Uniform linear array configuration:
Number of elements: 32
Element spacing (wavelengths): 1
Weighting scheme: cosine
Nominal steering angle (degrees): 30
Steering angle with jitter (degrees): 31.279
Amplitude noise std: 0.05
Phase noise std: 0.05

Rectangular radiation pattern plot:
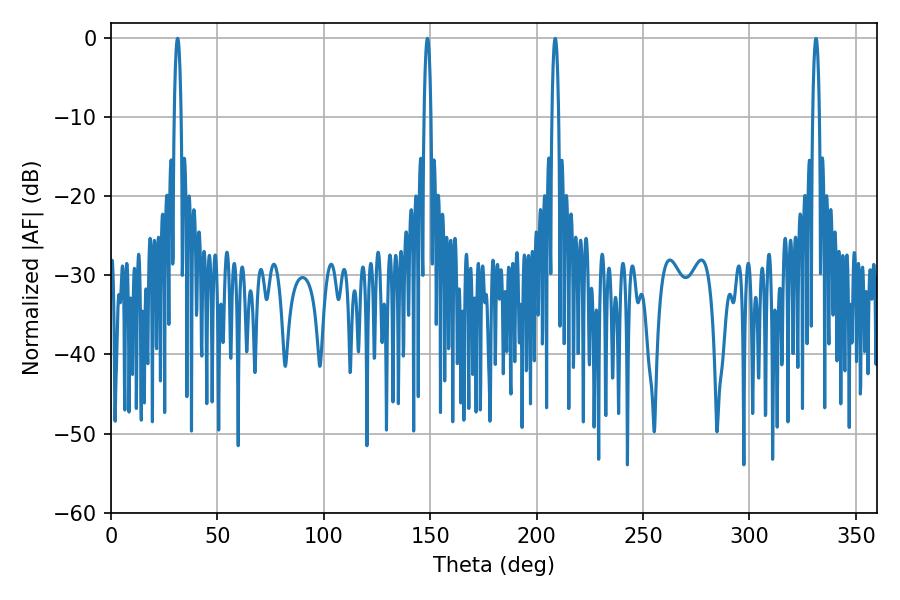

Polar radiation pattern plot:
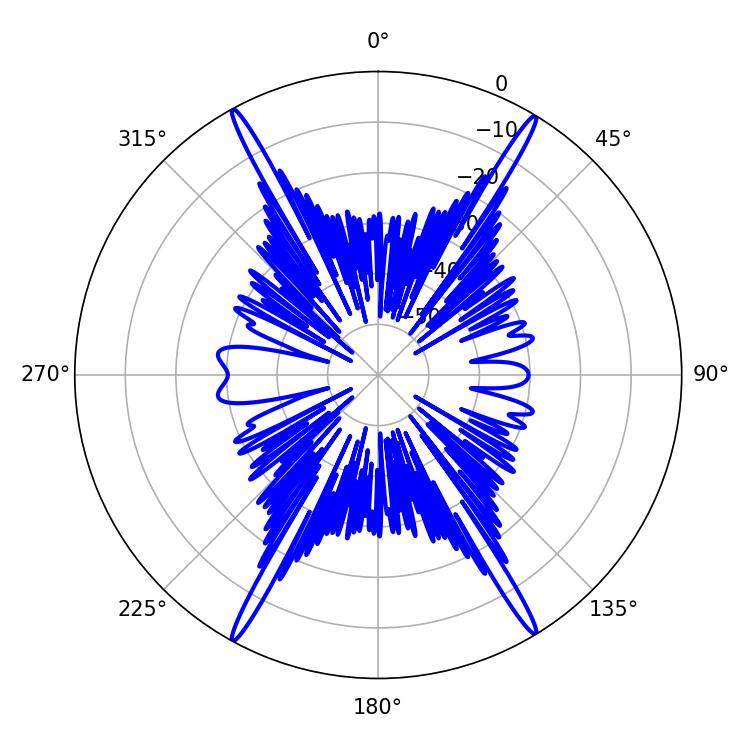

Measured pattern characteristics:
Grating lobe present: TRUE
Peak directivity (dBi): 27.375
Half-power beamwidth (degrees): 1.8
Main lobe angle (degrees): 148.68